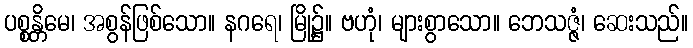
ပစ္စန္တိမေ၊ အစွန်ဖြစ်သော။ နဂရေ၊ မြို့၌။ ဗဟုံ၊ များစွာသော။ ဘေသဇ္ဇံ၊ ဆေးသည်။